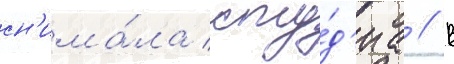
сн'има́ла сту́д'иа // В